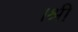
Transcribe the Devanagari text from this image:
।श्री